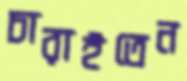
চারাইতেন